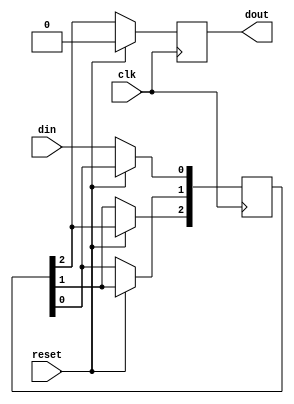
module serial_in_serial_out(

output dout,


input din ,

input clk ,

input reset 
    
);
reg [2:0]s;
reg dout;
wire din;
wire clk ;
wire reset;
always @ (posedge (clk)) begin 
 if (reset)
  dout <= 0;
 else begin
  s[0] <= din ;
  s[1] <= s[0] ;
  s[2] <= s[1] ;
  dout <= s[2]; 
 end
end

endmodule